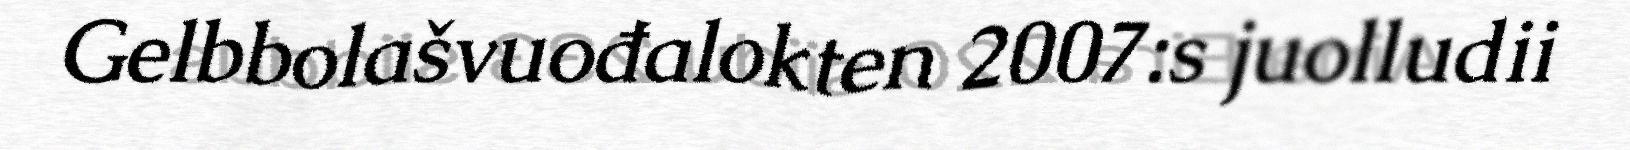
Gelbbolašvuođalokten 2007:s juolludii